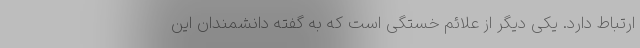
ارتباط دارد. یکی دیگر از علائم خستگی است که به گفته دانشمندان این